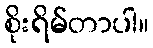
စိုးရိမ်တာပါ။